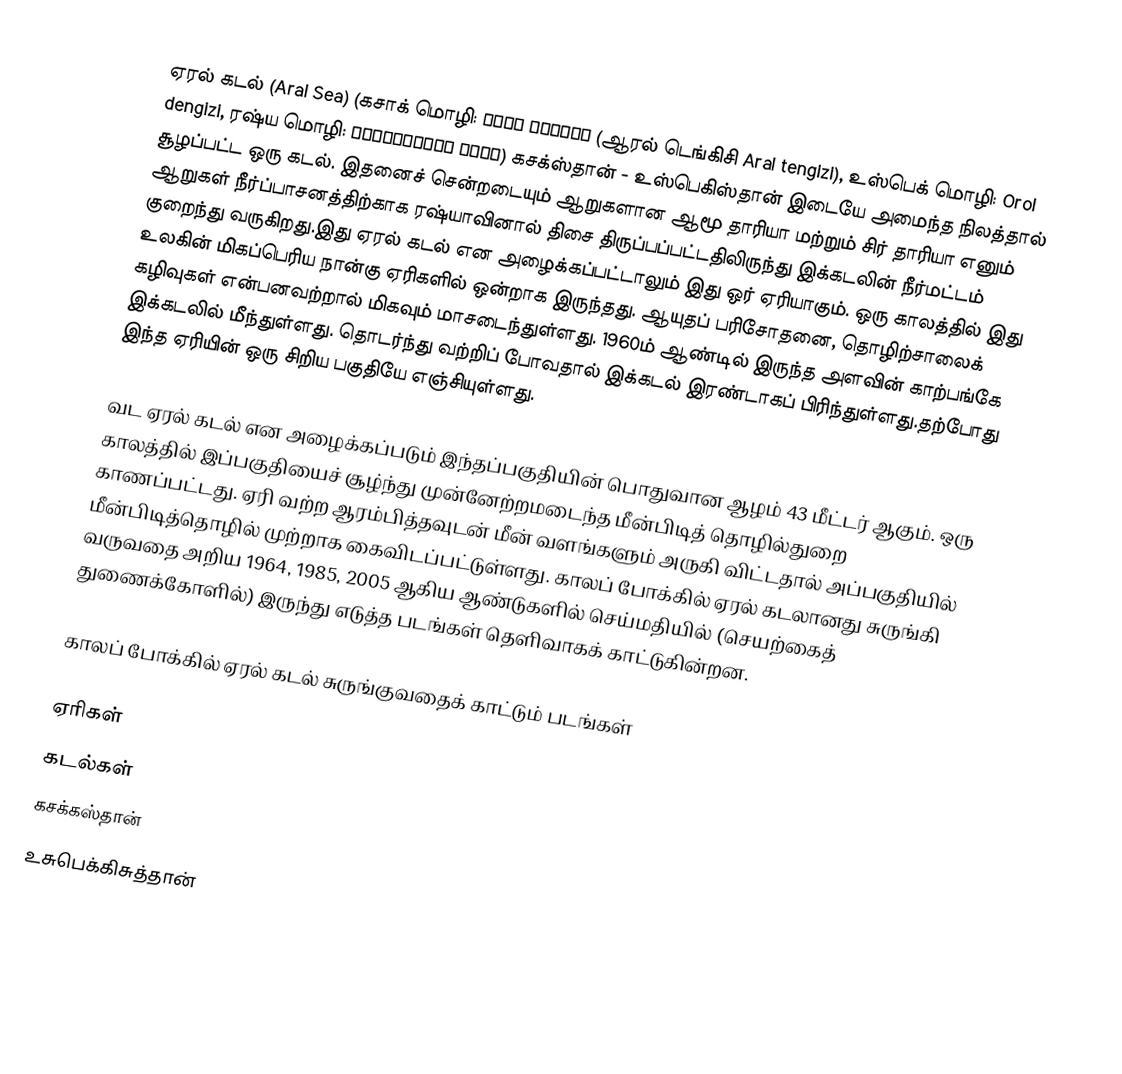
ஏரல் கடல் (Aral Sea) (கசாக் மொழி: Арал теңізі (ஆரல் டெங்கிசி Aral tengizi), உஸ்பெக் மொழி: Orol dengizi, ரஷ்ய மொழி: Ара́льское море) கசக்ஸ்தான் - உஸ்பெகிஸ்தான் இடையே அமைந்த நிலத்தால் சூழப்பட்ட ஒரு கடல். இதனைச் சென்றடையும் ஆறுகளான ஆமூ தாரியா மற்றும் சிர் தாரியா எனும் ஆறுகள் நீர்ப்பாசனத்திற்காக ரஷ்யாவினால் திசை திருப்பப்பட்டதிலிருந்து இக்கடலின் நீர்மட்டம் குறைந்து வருகிறது.இது ஏரல் கடல் என அழைக்கப்பட்டாலும் இது ஒர் ஏரியாகும். ஒரு காலத்தில் இது உலகின் மிகப்பெரிய நான்கு ஏரிகளில் ஒன்றாக இருந்தது. ஆயுதப் பரிசோதனை, தொழிற்சாலைக் கழிவுகள் என்பனவற்றால் மிகவும் மாசடைந்துள்ளது. 1960ம் ஆண்டில் இருந்த அளவின் காற்பங்கே இக்கடலில் மீந்துள்ளது. தொடர்ந்து வற்றிப் போவதால் இக்கடல் இரண்டாகப் பிரிந்துள்ளது.தற்போது இந்த ஏரியின்  ஒரு சிறிய பகுதியே எஞ்சியுள்ளது.

வட ஏரல் கடல் என அழைக்கப்படும் இந்தப்பகுதியின் பொதுவான ஆழம் 43 மீட்டர் ஆகும். ஒரு காலத்தில் இப்பகுதியைச் சூழ்ந்து முன்னேற்றமடைந்த மீன்பிடித் தொழில்துறை காணப்பட்டது. ஏரி வற்ற ஆரம்பித்தவுடன் மீன் வளங்களும் அருகி விட்டதால் அப்பகுதியில் மீன்பிடித்தொழில் முற்றாக கைவிடப்பட்டுள்ளது.  காலப் போக்கில் ஏரல் கடலானது சுருங்கி வருவதை அறிய 1964, 1985, 2005 ஆகிய ஆண்டுகளில் செய்மதியில் (செயற்கைத் துணைக்கோளில்) இருந்து எடுத்த படங்கள் தெளிவாகக் காட்டுகின்றன.

காலப் போக்கில் ஏரல் கடல் சுருங்குவதைக் காட்டும் படங்கள்

ஏரிகள்
கடல்கள்
கசக்கஸ்தான்
உசுபெக்கிசுத்தான்